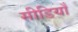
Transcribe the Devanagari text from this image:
सीडियाँ